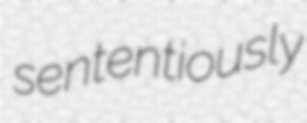
sententiously